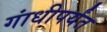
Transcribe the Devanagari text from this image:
गांधीपर्यंत